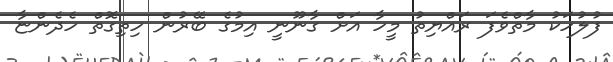
ފުލުހަކު މާތްވެފަ ރައްޔިތު މީހާ އަށް ގާނޫނީ އިމުގެ ބޭރުން ހިތިގޮތް ހެދެންޏާ